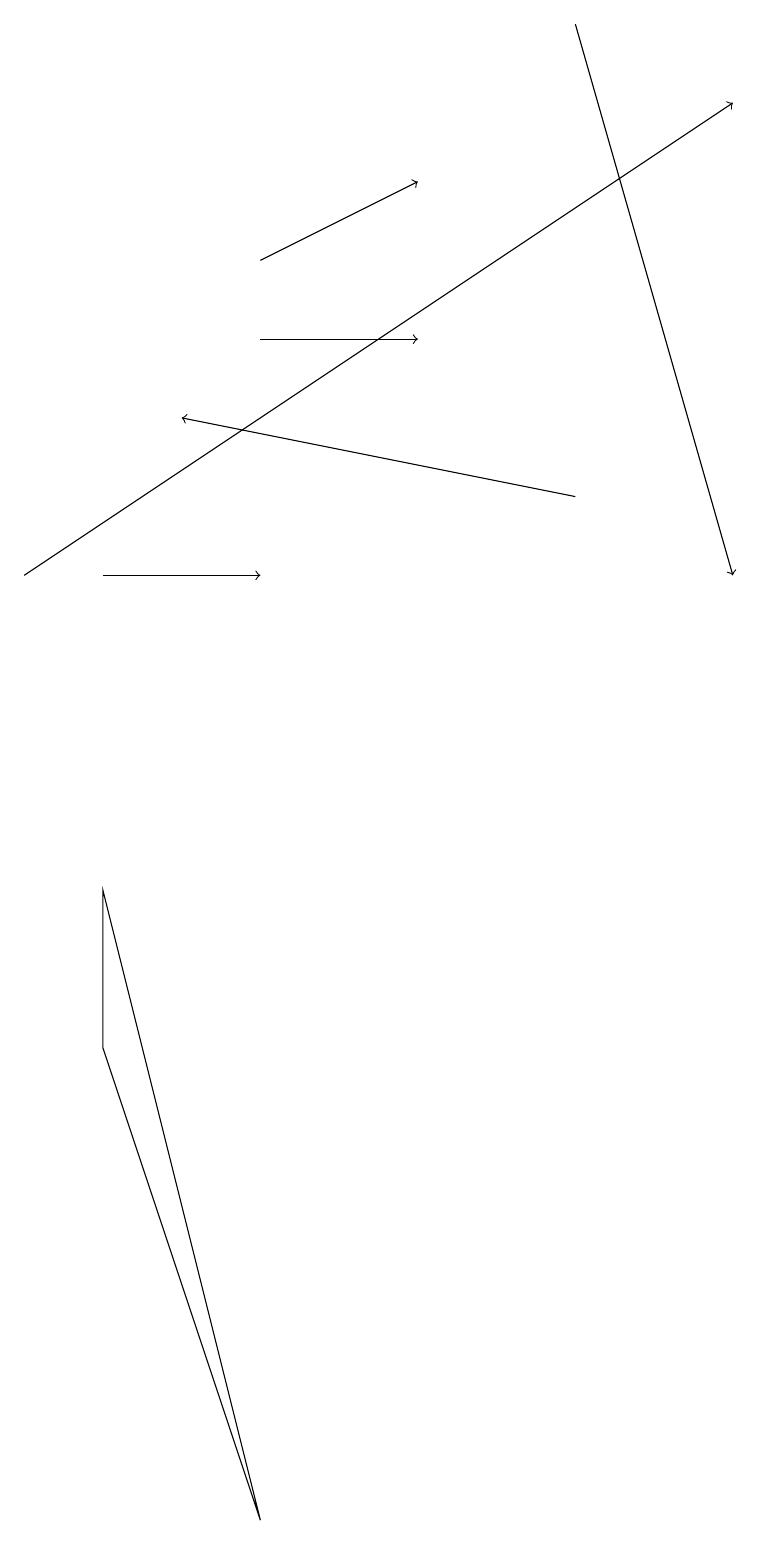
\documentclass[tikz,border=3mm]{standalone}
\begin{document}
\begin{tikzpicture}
\draw[->] (7,19) -- (9,12);
\draw[->] (3,15) -- (5,15);
\draw (3,0) -- (1,6) -- (1,8) -- cycle;
\draw[->] (3,16) -- (5,17);
\draw[->] (0,12) -- (9,18);
\draw[->] (1,12) -- (3,12);
\draw[->] (7,13) -- (2,14);
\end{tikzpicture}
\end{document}